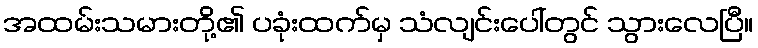
အထမ်းသမားတို့၏ ပခုံးထက်မှ သံလျင်းပေါ်တွင် သွားလေပြီ။